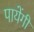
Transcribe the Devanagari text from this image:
पायेंगी